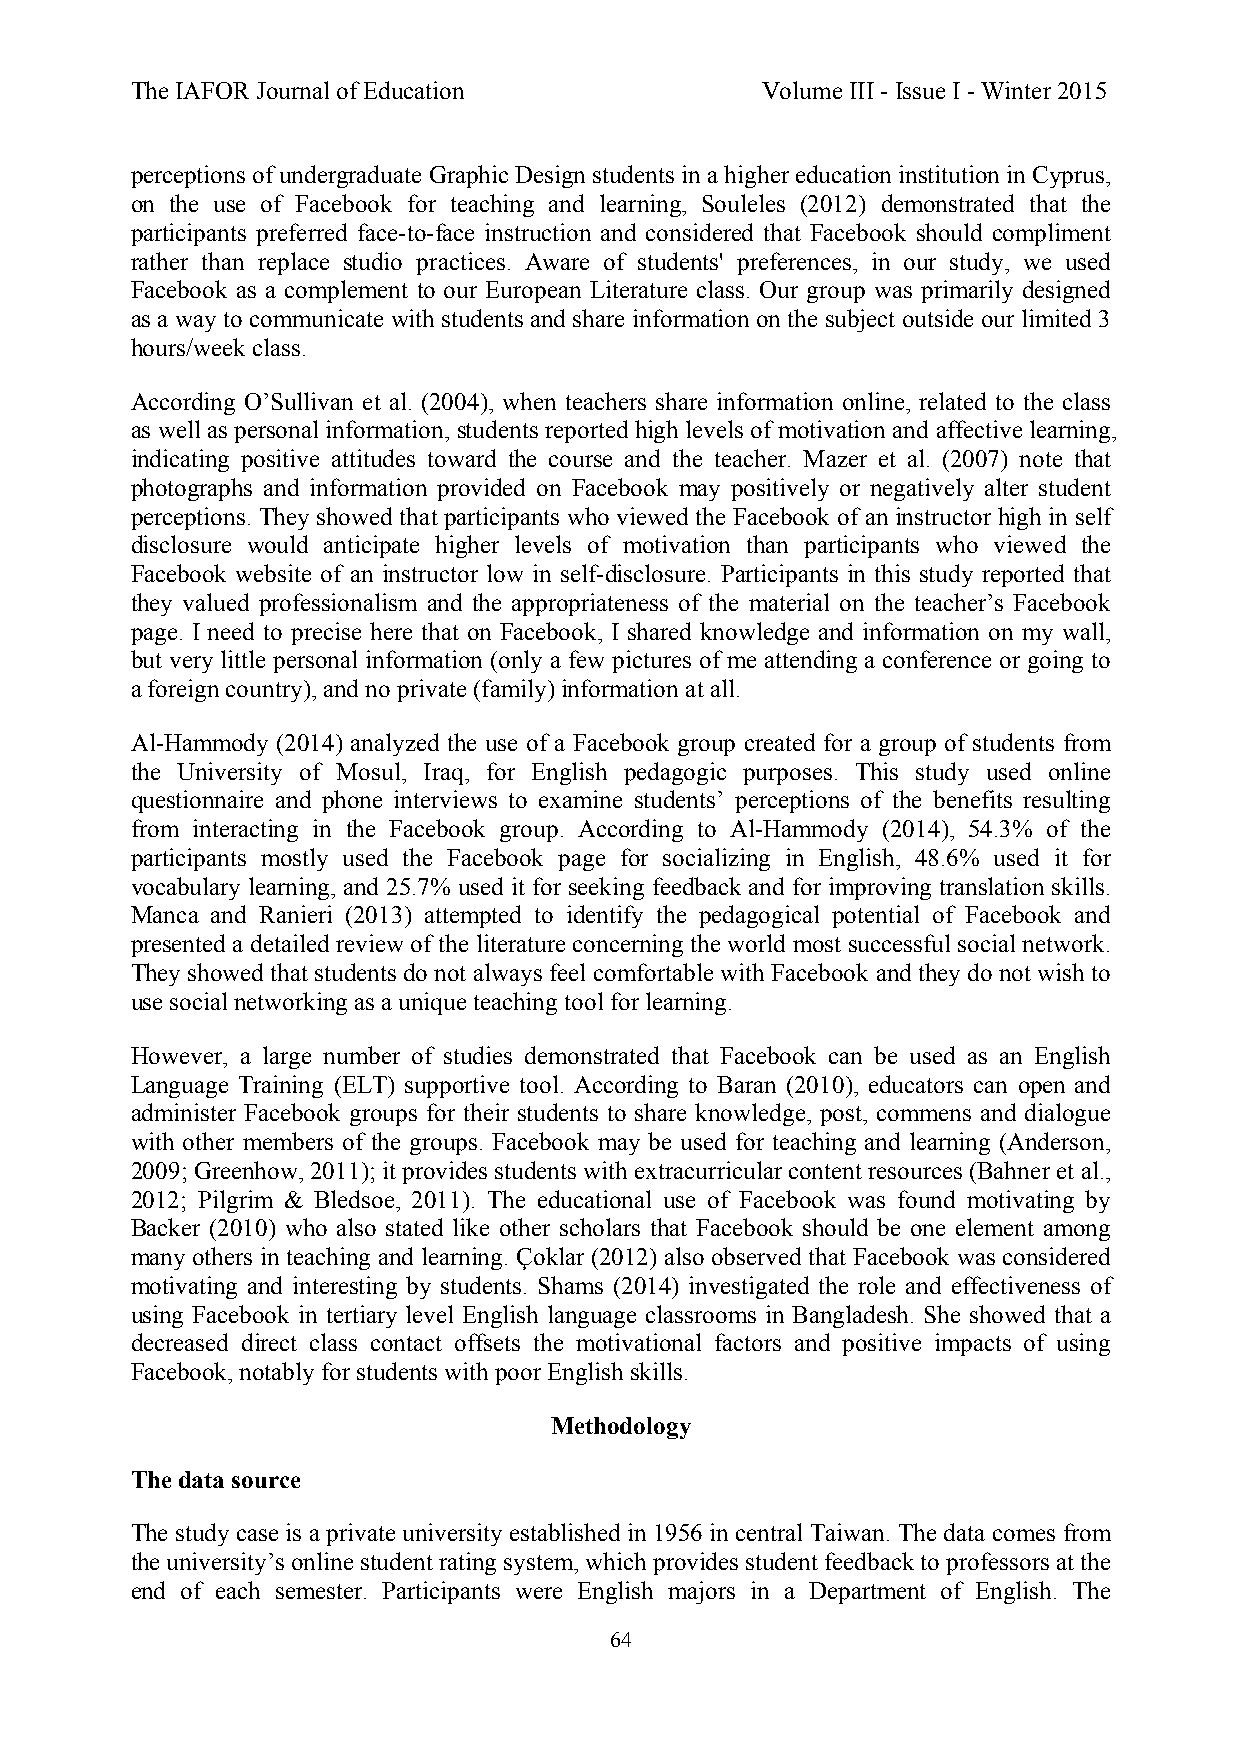
The IAFOR Journal of Education           Volume III - Issue I - Winter 2015
 perceptions of undergraduate Graphic Design students in a higher education institution in Cyprus,
 on the use of Facebook for teaching and learning, Souleles (2012) demonstrated that the
 participants preferred face-to-face instruction and considered that Facebook should compliment
 rather than replace studio practices. Aware of students' preferences, in our study, we used
 Facebook as a complement to our European Literature class. Our group was primarily designed
 as a way to communicate with students and share information on the subject outside our limited 3
 hours/week class.
 According O’Sullivan et al. (2004), when teachers share information online, related to the class
 as well as personal information, students reported high levels of motivation and affective learning,
 indicating positive attitudes toward the course and the teacher. Mazer et al. (2007) note that
 photographs and information provided on Facebook may positively or negatively alter student
 perceptions. They showed that participants who viewed the Facebook of an instructor high in self
 disclosure would anticipate higher levels of motivation than participants who viewed the
 Facebook website of an instructor low in self-disclosure. Participants in this study reported that
 they valued professionalism and the appropriateness of the material on the teacher’s Facebook
 page. I need to precise here that on Facebook, I shared knowledge and information on my wall,
 but very little personal information (only a few pictures of me attending a conference or going to
 a foreign country), and no private (family) information at all.
 Al-Hammody (2014) analyzed the use of a Facebook group created for a group of students from
 the University of Mosul, Iraq, for English pedagogic purposes. This study used online
 questionnaire and phone interviews to examine students’ perceptions of the benefits resulting
 from interacting in the Facebook group. According to Al-Hammody (2014), 54.3% of the
 participants mostly used the Facebook page for socializing in English, 48.6% used it for
 vocabulary learning, and 25.7% used it for seeking feedback and for improving translation skills.
 Manca and Ranieri (2013) attempted to identify the pedagogical potential of Facebook and
 presented a detailed review of the literature concerning the world most successful social network.
 They showed that students do not always feel comfortable with Facebook and they do not wish to
 use social networking as a unique teaching tool for learning.
 However, a large number of studies demonstrated that Facebook can be used as an English
 Language Training (ELT) supportive tool. According to Baran (2010), educators can open and
 administer Facebook groups for their students to share knowledge, post, commens and dialogue
 with other members of the groups. Facebook may be used for teaching and learning (Anderson,
 2009; Greenhow, 2011); it provides students with extracurricular content resources (Bahner et al.,
 2012; Pilgrim & Bledsoe, 2011). The educational use of Facebook was found motivating by
 Backer (2010) who also stated like other scholars that Facebook should be one element among
 many others in teaching and learning. Çoklar (2012) also observed that Facebook was considered
 motivating and interesting by students. Shams (2014) investigated the role and effectiveness of
 using Facebook in tertiary level English language classrooms in Bangladesh. She showed that a
 decreased direct class contact offsets the motivational factors and positive impacts of using
 Facebook, notably for students with poor English skills.
 Methodology
 The data source
 The study case is a private university established in 1956 in central Taiwan. The data comes from
 the university’s online student rating system, which provides student feedback to professors at the
 end of each semester. Participants were English majors in a Department of English. The
 64